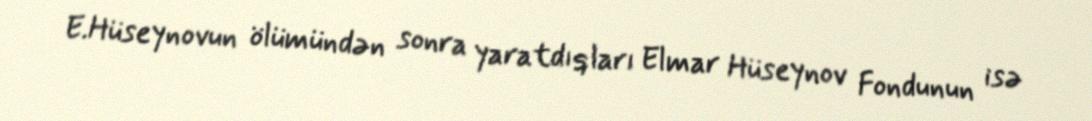
E.Hüseynovun ölümündən sonra yaratdıqları Elmar Hüseynov Fondunun isə